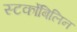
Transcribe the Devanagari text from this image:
स्‍टर्कोबिलिन